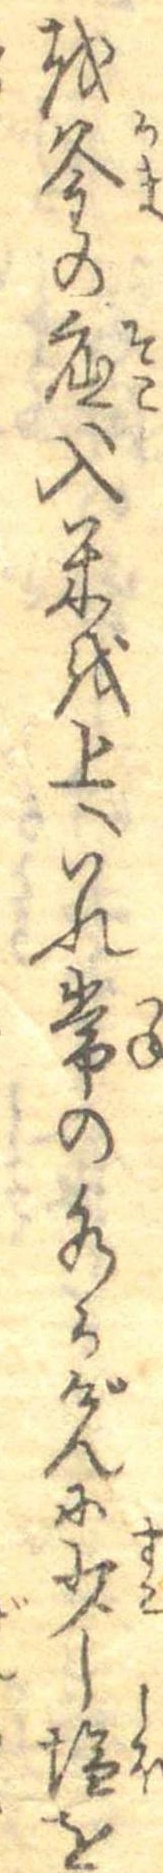
を釜の底へ入米を上へいれ常の水かげんに少し塩を